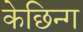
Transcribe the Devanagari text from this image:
केछिन्ग